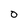
Character: 0